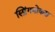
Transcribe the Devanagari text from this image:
स्प्रिंगबोकस